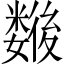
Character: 𢖖